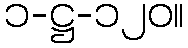
၁-ဋ္ဌ-၁၂၀။